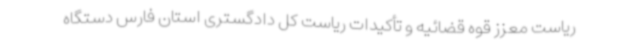
ریاست معزز قوه قضائیه و تأکیدات ریاست کل دادگستری استان فارس دستگاه